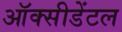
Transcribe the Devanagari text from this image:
ऑक्‍सीडेंटल